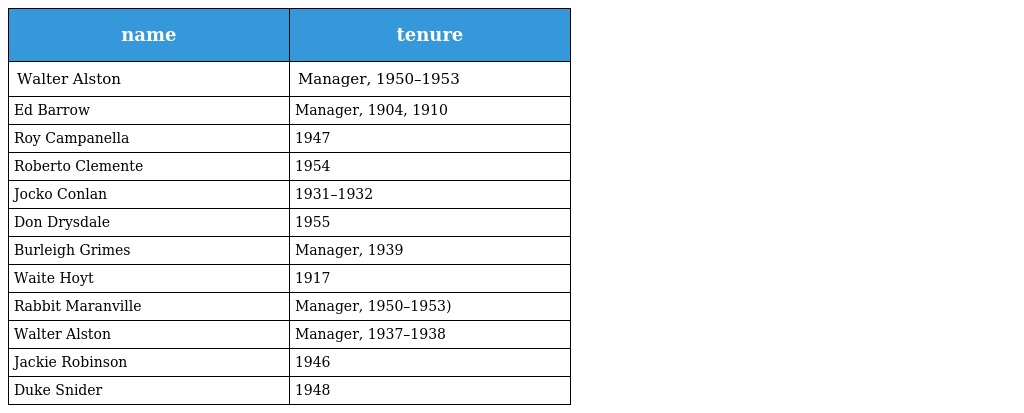
| name | tenure |
 | --- | --- |
 | Walter Alston | Manager, 1950–1953 |
 | Ed Barrow | Manager, 1904, 1910 |
 | Roy Campanella | 1947 |
 | Roberto Clemente | 1954 |
 | Jocko Conlan | 1931–1932 |
 | Don Drysdale | 1955 |
 | Burleigh Grimes | Manager, 1939 |
 | Waite Hoyt | 1917 |
 | Rabbit Maranville | Manager, 1950–1953) |
 | Walter Alston | Manager, 1937–1938 |
 | Jackie Robinson | 1946 |
 | Duke Snider | 1948 |